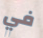
في